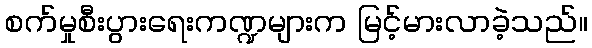
စက်မှုစီးပွားရေးကဏ္ဍများက မြင့်မားလာခဲ့သည်။